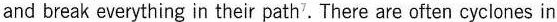
and break everything in their path^{7}. There are often cyclones in